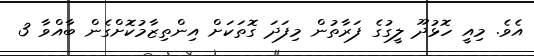
އެވެ. މިއީ ހޮޅުދޫ ލީގުގެ ފަރާތުން މިފަދަ ގޮތަކަށް އިންތިޒާމުކޮށްގެން ބާއްވާ 3